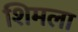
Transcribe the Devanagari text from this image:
शिमला